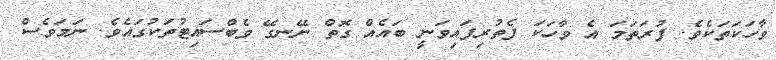
ވާހަކަތަކެވެ. ފުރަތަމަ އެ ވާހަކަ ފެތުރިފައިވަނީ ބައެއް ގޮތް ނޭނގޭ ވެބްސައިޓުތަކުގައެވެ. ނަމަވެސް